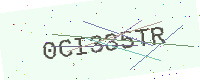
Text: 0CI335TR